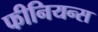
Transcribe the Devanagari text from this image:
फीनियन्स